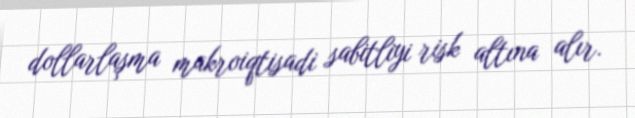
dollarlaşma makroiqtisadi sabitliyi risk altına alır.